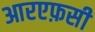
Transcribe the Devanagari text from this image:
आरएफ़सी